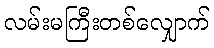
လမ်းမကြီးတစ်လျှောက်